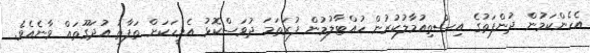
އެހެންކަމުން ދުންފަތުގެ އިސްތިއުމާލުކުރުން ހުއްޓާލުމުން ފުރަތަމަ ދުވަސްކޮޅު އެމީހަކަށް ތަފާތު އުދަގޫތައް ވާނެއެވެ.